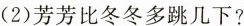
(2)芳芳比冬冬多跳几下?